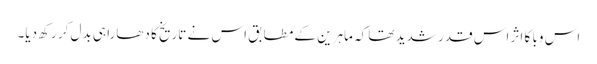
اس وبا کا اثر اس قدر شدید تھا کہ ماہرین کے مطابق اس نے تاریخ کا دھارا ہی بدل کر رکھ دیا۔